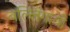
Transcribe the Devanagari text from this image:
बल्लिगावी